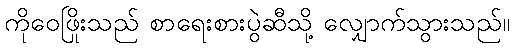
ကိုဝေဖြိုးသည် စာရေးစားပွဲဆီသို့ လျှောက်သွားသည်။